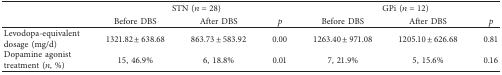
| <ROWSPAN=2>  | <COLSPAN=3> STN (n=28) | <COLSPAN=3> GPi (n=12) |
 | Before DBS | After DBS | p | Before DBS | After DBS | p |
 | --- | --- | --- | --- | --- | --- | --- |
 | Levodopa-equivalent dosage (mg/d) | 1321.82 ± 638.68 | 863.73 ± 583.92 | 0.00 | 1263.40 ± 971.08 | 1205.10 ± 626.68 | 0.81 |
 | Dopamine agonist treatment (n, %) | 15, 46.9% | 6, 18.8% | 0.01 | 7, 21.9% | 5, 15.6% | 0.16 |